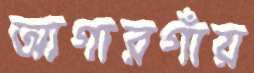
আগারগাঁয়